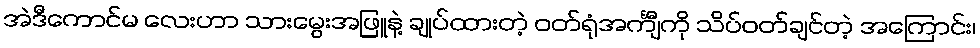
အဲဒီကောင်မ လေးဟာ သားမွေးအဖြူနဲ့ ချုပ်ထားတဲ့ ဝတ်ရုံအင်္ကျီကို သိပ်ဝတ်ချင်တဲ့ အကြောင်း၊